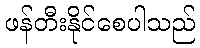
ဖန်တီးနိုင်စေပါသည်